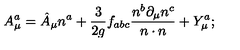
A _ { \mu } ^ { a } = \hat { A } _ { \mu } n ^ { a } + \frac { 3 } { 2 g } f _ { a b c } \frac { n ^ { b } \partial _ { \mu } n ^ { c } } { n \cdot n } + Y _ { \mu } ^ { a } ;